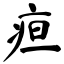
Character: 疸